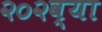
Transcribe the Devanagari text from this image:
२०२व्या